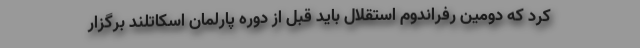
کرد که دومین رفراندوم استقلال باید قبل از دوره پارلمان اسکاتلند برگزار